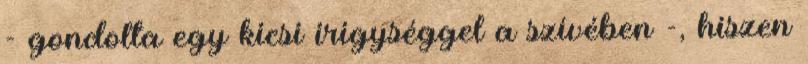
- gondolta egy kicsi irigységgel a szívében -, hiszen